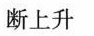
断上升